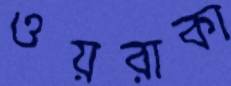
ওয়রাকা